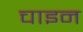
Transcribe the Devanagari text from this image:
चाइन